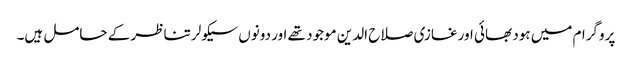
پروگرام میں ہود بھائی اور غازی صلاح الدین موجود تھے اور دونوں سیکولر تناظر کے حامل ہیں۔